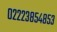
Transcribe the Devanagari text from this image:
०२२२३८५४८५३